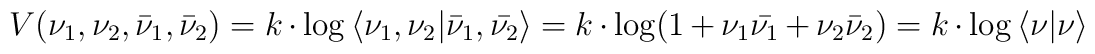
V(\nu_1,\nu_2,{\bar \nu_1},{\bar \nu_2}) \nonumber\\                        =  k\cdot \log{\langle {\nu_1},{\nu_2}\vert {\bar \nu_1},{\bar {\nu_2}}\rangle} \nonumber\\                                                                    =  k\cdot \log( 1+{\nu_1}{\bar{\nu_1}}+{\nu_2}{\bar \nu_2} ) \nonumber\\        =  k\cdot \log{\langle \nu \vert \nu \rangle}